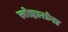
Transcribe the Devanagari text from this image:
लोहारांना